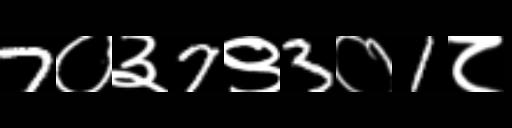
Text: 7०३7९3०1८